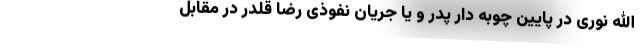
الله نوری در پایین چوبه دار پدر و یا جریان نفوذی رضا قلدر در مقابل